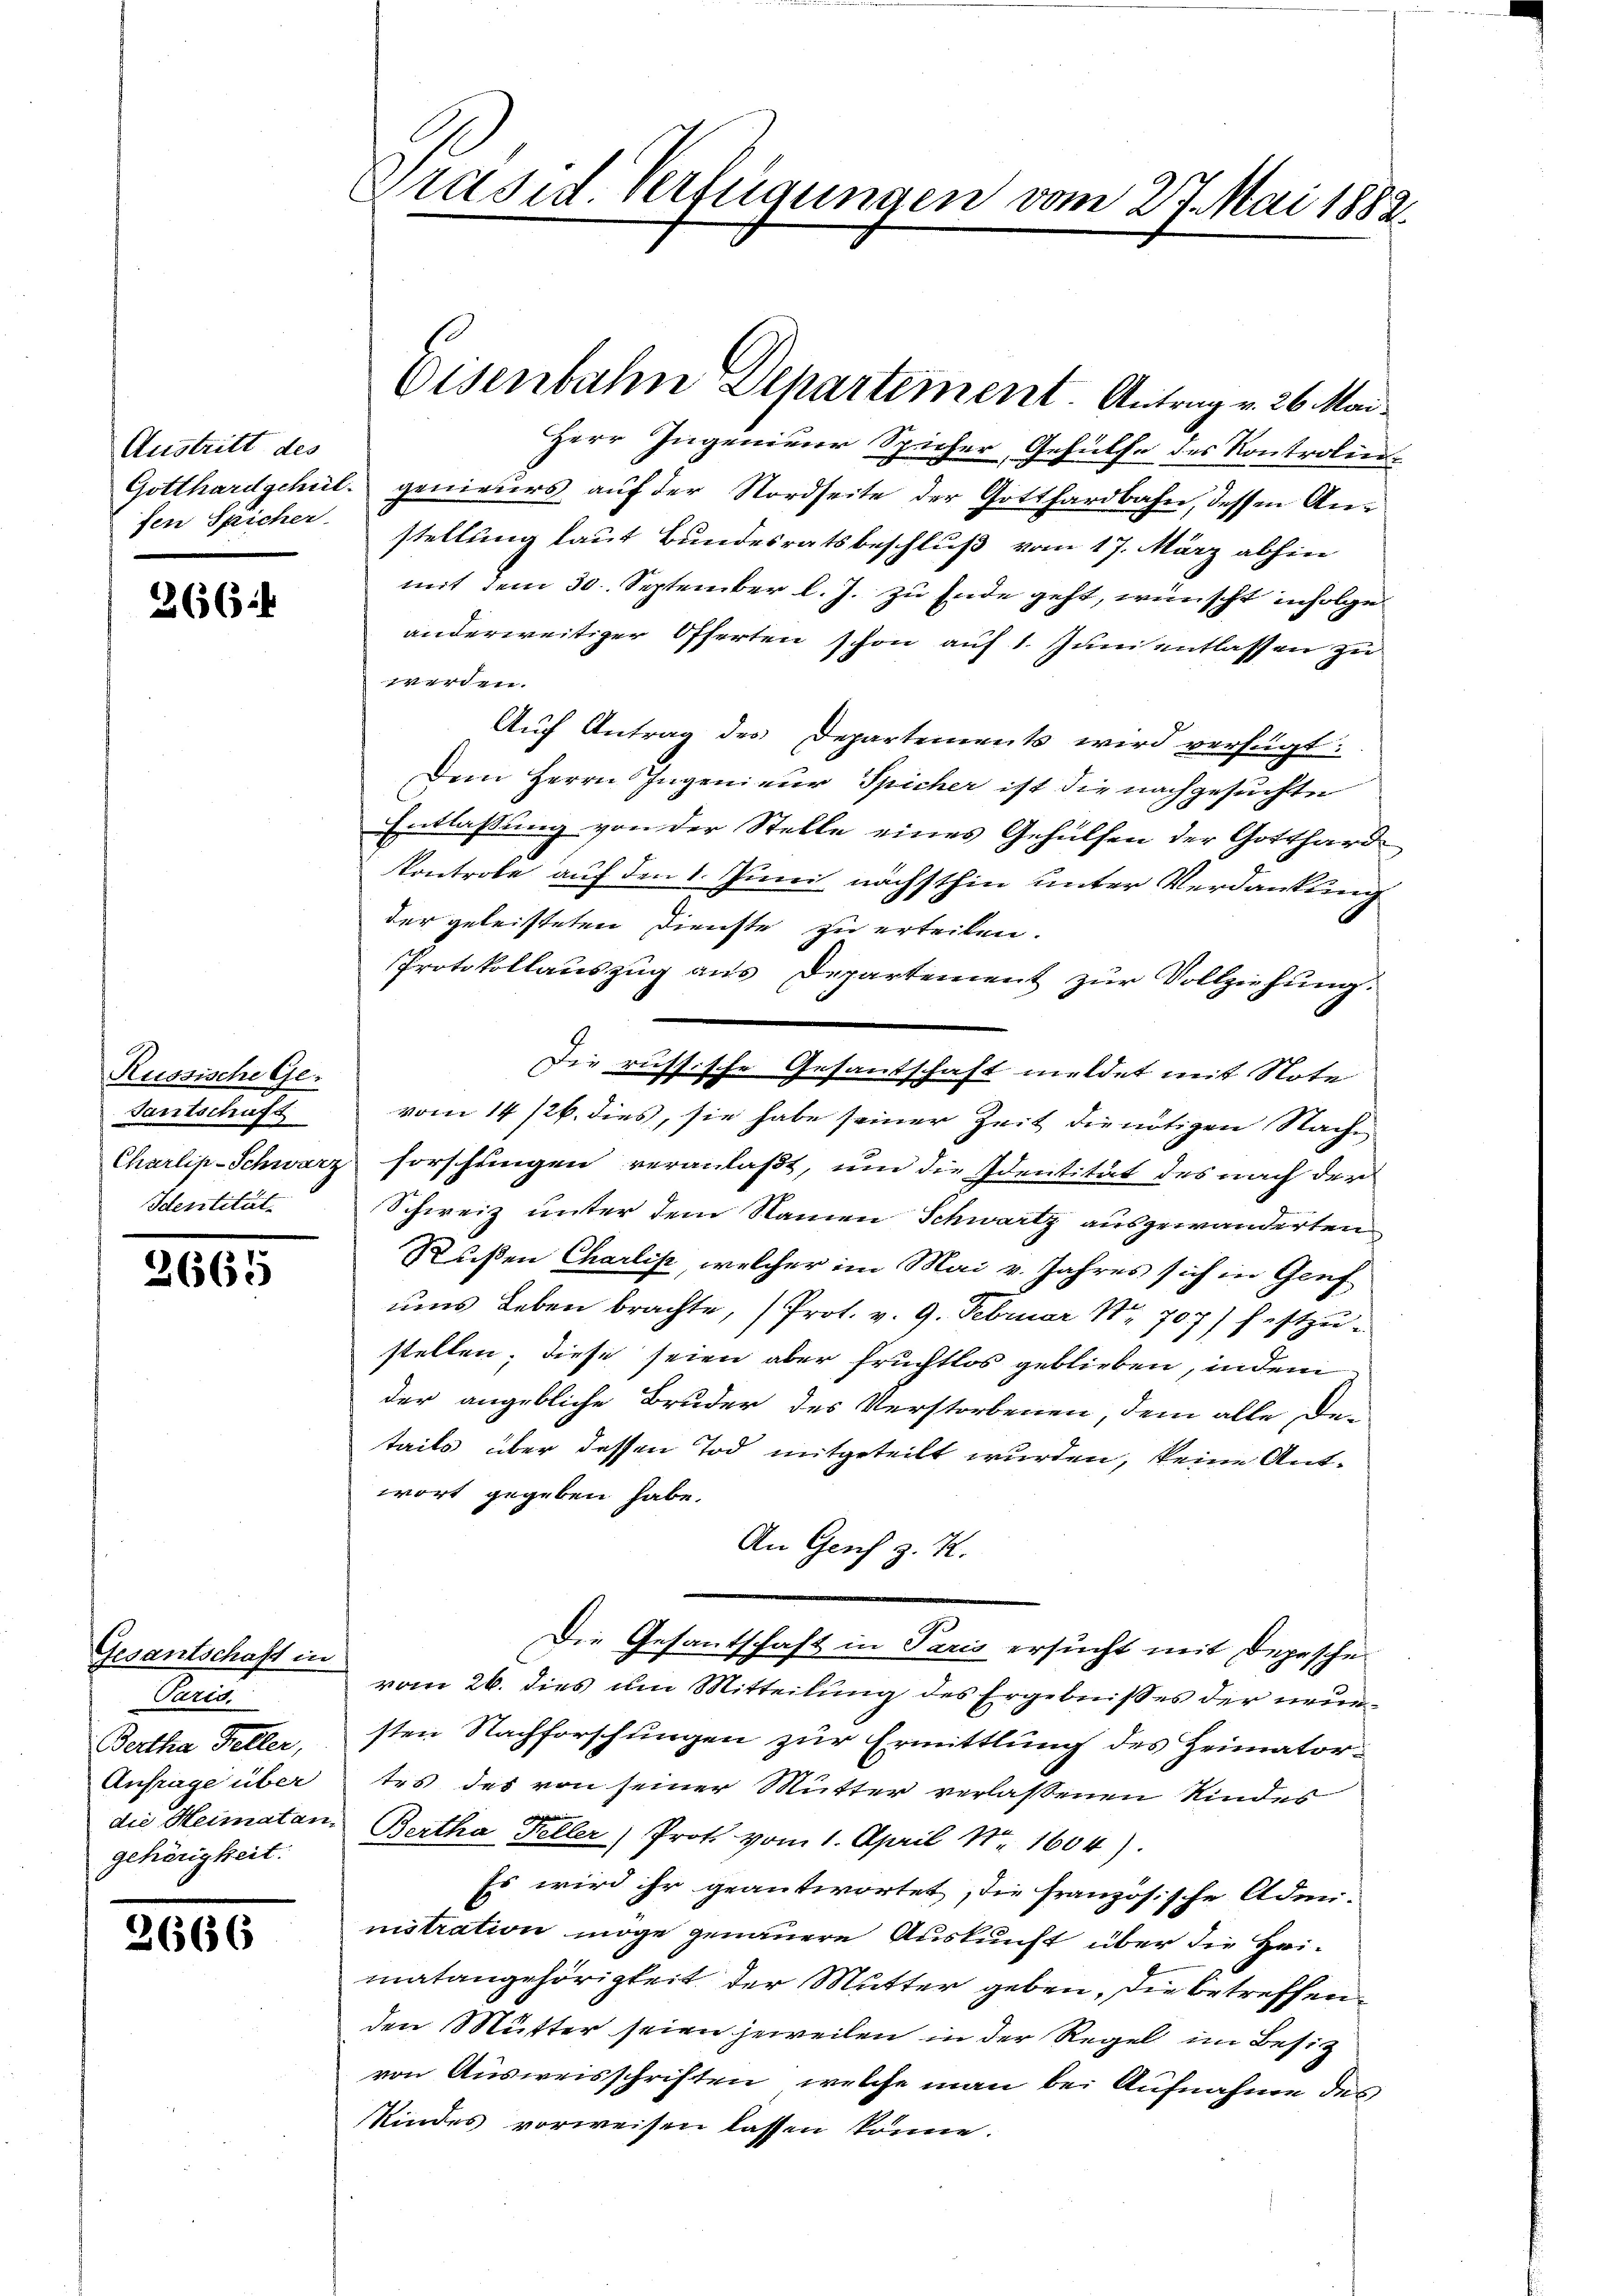
Austritt des
fen Spicher

266:

Russische Ge-
Santschaft
Charlip-Schwarz
Identität

3665

Gesantschaft in
Paris.
Bertha Feller,
Anfrage über
die Heimaten.
gehörigkeit.

3666

Präsid. Verfügungen vom 27. Mai 1882.

Herr Ingenieur Spicher, Gehülfe des Kontrolin¬
Gotthardschul- genieurs auf der Nordseite der Gotthardbahn, dessen Anstellung laut Bundesratsbeschluß vom 17. März abhin
mit dem 30. September l. J. zu Ende geht, wünscht infolge
anderweitiger Offerten schon auf 1. Juni entlassen zu
werden.
Auf Antrag des Departements wird verfügt:
Dem Herrn Ingenieur Spicher ist die nachgesuchte
Entlassung von der Stelle eines Gehülfen der Gotthardkontrole auf den 1. Juni nächsthin unter Verdankung
der geleisteten Dienste zu erteilen.
Protokollauszug aus Departement zur Vollziehung.
Die russische Gesandschaft meldet mit Note
vom 14/26. dies, sie habe seiner Zeit die nötigen Nache
forschungen veranlaßt, um die Identität des nach der
Schweiz unter dem Namen Schwartz ausgewanderten
Rußen Charlis, welcher im Mai v. Jahres sich in Genf
ums Leben brachte, (Prot. v. 9. Februar 1707) festzustellen; diese seien aber fruchtlos geblieben, indem
der angebliche Bruder des Verstorbenen, dem alle der
tails über dessen Tod mitgeteilt wurden, keine Antwort gegeben habe.
An Genf z. K.
Die Gesantschaft in Paris ersucht mit Depesche
vom 26. dies um Mitteilung des Ergebnisses der neuesten Nachforschungen zur Ermittlung des Heimatortes des von seiner Mutter verlaßenen Kindes
Bertha Keller) Prot vom 1. April Nr. 1604).
Es wird ihr geantwortet, die französische Admi-
nistration möge genauere Auskunft über die Heimatangehörigkeit der Mutter geben, die betreffenden Mutter seien jeweilen in der Regel im Besitz
von Ausweisschriften, welche man bei Aufnahme des
Kindes vorweisen lassen könne.

Eisenbahn Departement. Antrag v. 26. Man¬